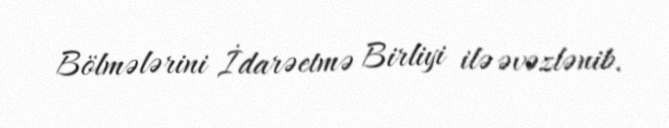
Bölmələrini İdarəetmə Birliyi ilə əvəzlənib.